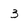
Character: 3